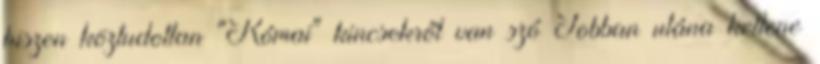
hiszen köztudottan "Római" kincsekről van szó Jobban utána kellene